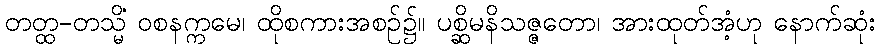
တတ္ထ-တသ္မိံ ဝစနက္ကမေ၊ ထိုစကားအစဉ်၌။ ပစ္ဆိမနိသဇ္ဇတော၊ အားထုတ်အံ့ဟု နောက်ဆုံး